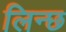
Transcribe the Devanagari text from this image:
लिन्छ